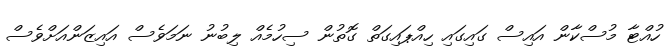
ހުއްޓާ މުސްކާން އައިސް ގައިގައި ހިއްޕައިގަތް ގޮތުން ސިހުމެއް ލިބުނު ނަމަވެސް އައިޒަންއަށްވެސް